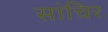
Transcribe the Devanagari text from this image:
सांचिर